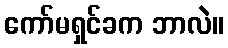
ကော်မရှင်ခက ဘာလဲ။